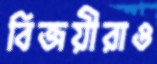
বিজয়ীরাও